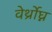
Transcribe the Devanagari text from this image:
वेर्थ्रोघ्न